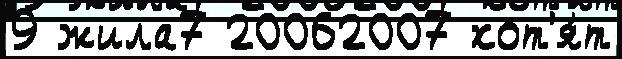
9 жила7 20062007 хот'я́т